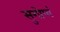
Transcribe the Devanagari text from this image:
सुगोप्यं